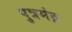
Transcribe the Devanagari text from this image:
पुत्रमंद्र